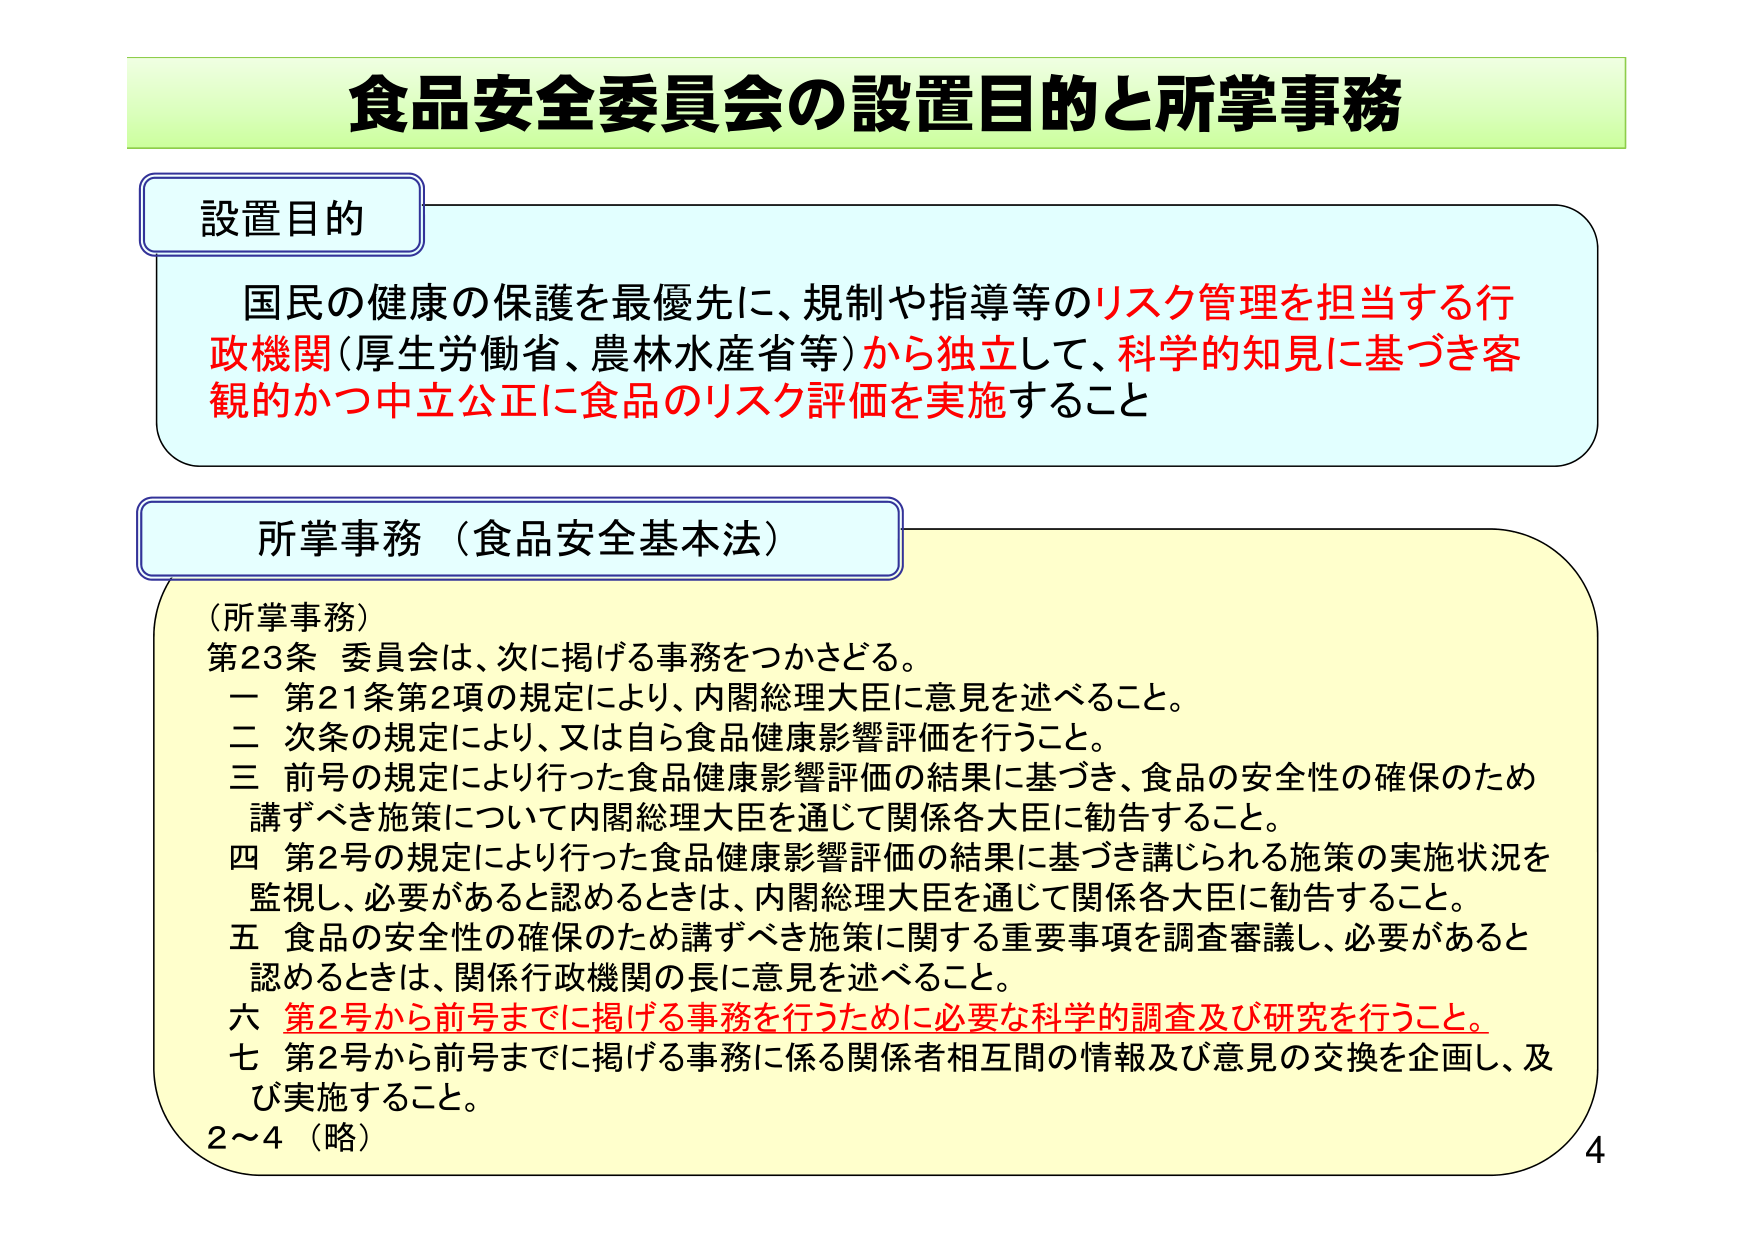
食品安全委員会の設置目的と所掌事務

設置目的
国民の健康の保護を最優先に、規制や指導等のリスク管理を担当する行政機関（厚生労働省、農林水産省等）から独立して、科学的知見に基づき客観的かつ中立公正に食品のリスク評価を実施すること

所掌事務（食品安全基本法）
（所掌事務）
第23条 委員会は、次に掲げる事務をつかさどる。
一 第21条第2項の規定により、内閣総理大臣に意見を述べること。
二 次条の規定により、又は自ら食品健康影響評価を行うこと。
三 前号の規定により行った食品健康影響評価の結果に基づき、食品の安全性の確保のため講ずべき施策について内閣総理大臣を通じて関係各大臣に勧告すること。
四 第2号の規定により行った食品健康影響評価の結果に基づき講じられる施策の実施状況を監視し、必要があると認めるときは、内閣総理大臣を通じて関係各大臣に勧告すること。
五 食品の安全性の確保のため講ずべき施策に関する重要事項を調査審議し、必要があると認めるときは、関係行政機関の長に意見を述べること。
六 第2号から前号までに掲げる事務を行うために必要な科学的調査及び研究を行うこと。
七 第2号から前号までに掲げる事務に係る関係者相互間の情報及び意見の交換を企画し、及び実施すること。
2～4（略）

4